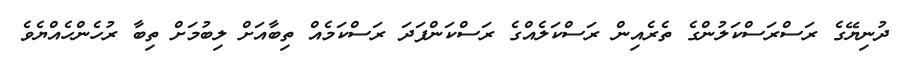
ދުނިޔޭގެ ރަސްރަސްކަލުންގެ ތެރެއިން ރަސްކަލެއްގެ ރަސްކަންފަދަ ރަސްކަމެއް ތިބާއަށް ލިބުމަށް ތިބާ ރުހެންހެއްޔެވެ